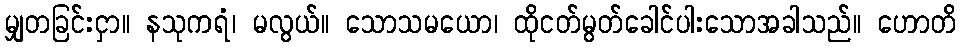
မျှတခြင်းငှာ။ နသုကရံ၊ မလွယ်။ သောသမယော၊ ထိုငတ်မွတ်ခေါင်ပါးသောအခါသည်။ ဟောတိ